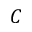
C